Leaving Certificate Examination, 1905
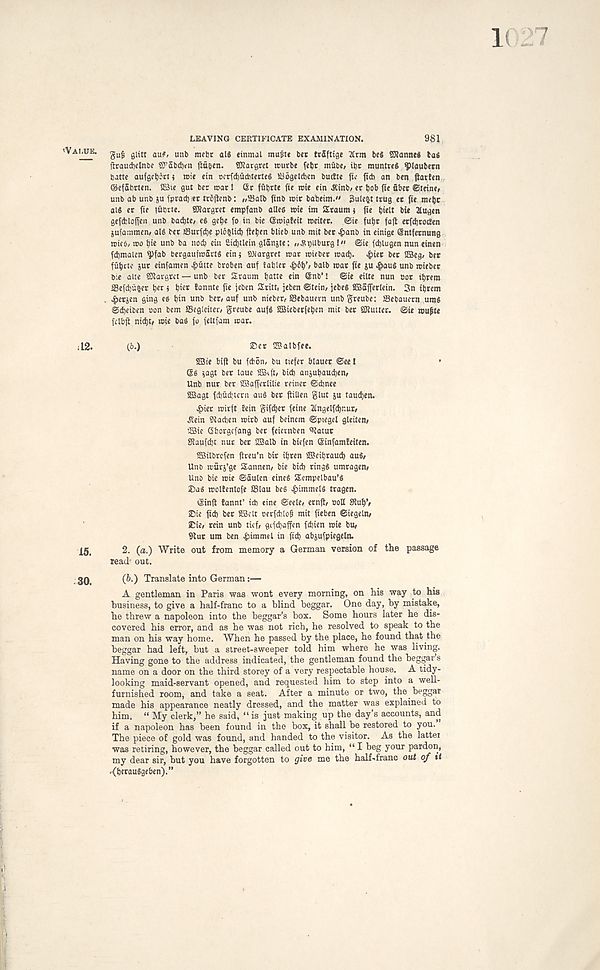
'Vamje.
; IS-
IS.
30.
LEAVING CERTIFICATE EXAMINATION.
981
gut; glitt au#> unb mebr alS einmal mutite bee teaftige Arm beg Cannes tag
ftraud^elnbe «Ei ; abcl)en ftuben. SKargret rcurbe febr mubc; ibr muntreg ^)taubetn
batte aufgcboru mie ein ocrfd)ficbterteg SJogelcben buette fie Itch an ben patten
©efabrten. 2Sie gut ber roar I (Sr ffibtte fie roie ein JCinb/ er bob pe fiber ©teine,
unb ab unb ju fpracb er tropenb: //S3atb finb roir babetm." Sule^t trug er fie mebt
alg er fie tfibrte. SHargret empfanb alleg roie im Sraum* fie b«lt bie Augen
gefftloften unb baebte/ eg gebe fo in bie (Sroigfeit roeiter. @ie fubr faft erfcbrocten
jufammem alg ber i8urfd)e ploglid) fteben blieb unb mit ber ^>anb in einige Snifernung
roics, roo b« fca »od? etn £id)tlein glanste: „RbUburg I" ©ie fd)lugen nun einen
fdjmalen ^)fab bergaufroartg eini Sliargret roar roieber roacb- . £>tet bee SSeg, ber
fubrte jut einfamen ^>utte broben auf fabler £6b’/ balb war pe ju ^aug unb roieber
bie aite SRargrct — unb ber Sraum bo^t ein ®nb’! ©ie eilte nun oor ibrem
ffiefdjuger bee j bier tannte pe jeben Stitt, jeben ©tein, jebeg SIBaperlein. 3n ibrem
^>erjen ging eg bin unb bet/auf unb nieber, Sebauern unbgreube: SSebauern umg
©djeiben con bem Segleiter, greube aufg PBieberfebcn mit ber SDiutter. ©ie roufite
fclbp nidjt, roie bag jo feltfam roar.
(6.)
Set SBalbfee.
2Bte bip bu febon, bu tiefer blauer ©ee!
@g jagt ber laue
bid) anjubaudjen,
Unb nur ber 2BaPerlilie reiner ©dinee
fffiagt fcbudjtcrn aug ber Pillen glut ju taudjen.
^>ier roirft fein gifdjet feine Angelfdjnur,
^tein 9lad)cn roirb auf beinem ©ptegel gleiten/
2Bie Qborgcfang ber feiernben fltatur
Slaufcbt nur ber 2Balb in biefen einfamfeiten.
SSilbrcfen preu’n bit ibren ©eibraucb aug/
Uno rofirj’ge Sannen, bie bid) ringg umragen,
Uno bie roie ©aulen eineg Sempelbau’g
®ag rooltenlofe SSlau beg .gnmmelg tragen.
einP tannf id) eine ©eele, ernP, coll SRub’/
Sic pd) ber SBoit oerfcblop mit peben ©iegeln/
X:ie, rein unb tief, gifcbaffen fd)ien rote bU/
Slur urn ben 4)immel in fid) abjufpiegeln.
2. (a.) Write out from memory a German version of the passage
read’ out.
(b.) Translate into German:—
A gentleman in Paris was wont every morning, on his way to his
business, to give a half-franc to a blind beggar. One day, by mistake,
he threw a napoleon into the beggar’s box. Some hours later he dis-
covered his error, and as he was not rich, he resolved to speak to the
man on his way home. When he passed by the place, he found that the
beggar had left, but a street-sweeper told him where he was living.
Having gone to the address indicated, the gentleman found the beggar’s
name on a door on the third storey of a very respectable house. A tidy-
looking maid-servant opened, and requested him to step into a well-
furnished room, and take a seat. After a minute or two, the beggar
made his appearance neatly dressed, and the matter was explained to
him. “ My clerk,” he said, “ is just making up the day’s accounts, and
if a napoleon has been found in the box, it shall be restored to you.
The piece of gold was found, and handed to the visitor. As the latter
was retiring, however, the beggar called out to him, “ I beg your pardon,
my dear sir, but you have forgotten to give me the half-franc out of it
.{bcrauSgeben).”